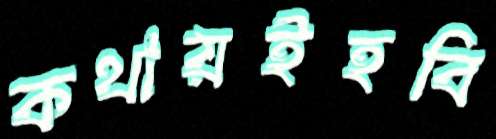
কথায়ইহবি